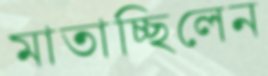
মাতাচ্ছিলেন